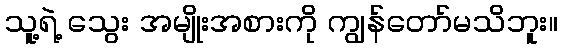
သူ့ရဲ့ သွေး အမျိုးအစားကို ကျွန်တော်မသိဘူး။